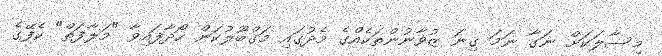
މިސާލަކަށް ނަގާ ނަމަ ގިނަ ޒުވާނުންތަކެއްގެ މެދުގައި މަގްބޫލުކަން ހޯދާފައިވާ "މަލާފަތް" ކެފޭގެ